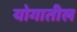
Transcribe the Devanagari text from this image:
योगातील